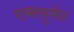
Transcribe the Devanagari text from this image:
रामसुमेर